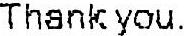
THANK YOU.